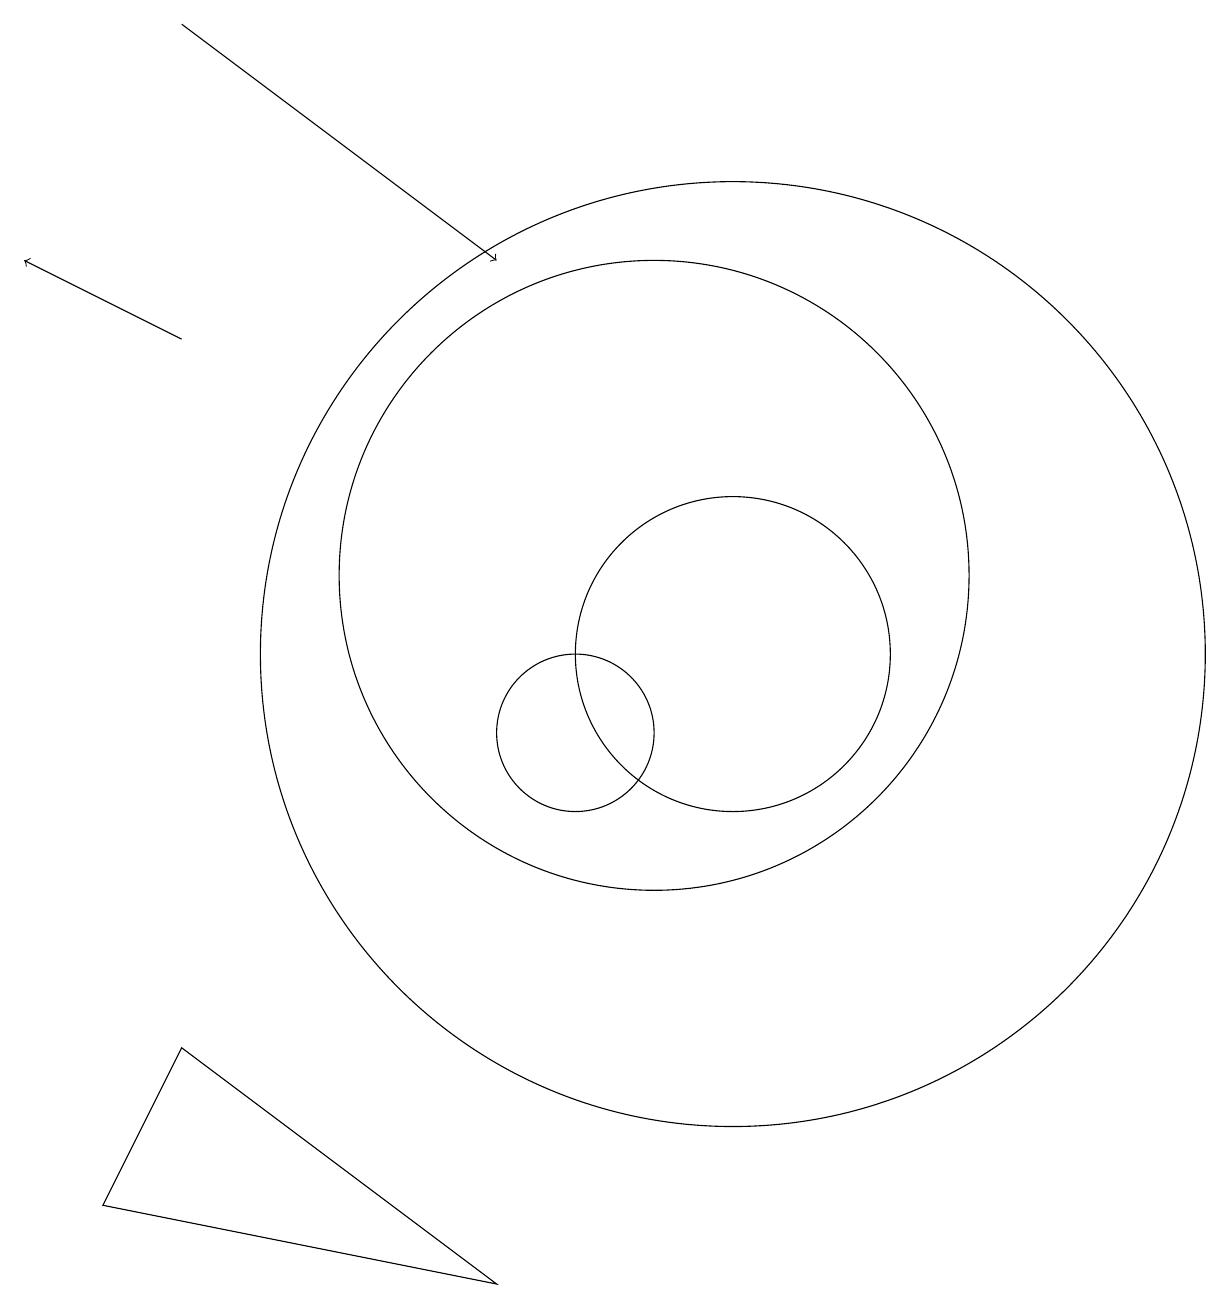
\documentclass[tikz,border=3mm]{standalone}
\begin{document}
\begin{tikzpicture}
\draw (9,3) -- (4,4) -- (5,6) -- cycle;
\draw (12,11) circle (2);
\draw (10,10) circle (1);
\draw (11,12) circle (4);
\draw[->] (5,19) -- (9,16);
\draw (12,11) circle (6);
\draw[->] (5,15) -- (3,16);
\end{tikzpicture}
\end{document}